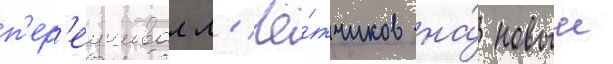
п'ер'еучивал л'ё́тчиков на́ новыи